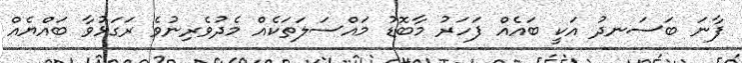
ފާނަ ބަސަނދު އަކީ ބައެއް ފަހަރު މާބޮޑު މައްސަލަތަކެއް މެދުވެރިނުވެ ރަގަޅުވާ ބައްޔެއް